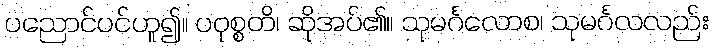
ပညောင်ပင်ဟူ၍။ ပဝုစ္စတိ၊ ဆိုအပ်၏။ သုမင်္ဂလောစ၊ သုမင်္ဂလလည်း